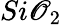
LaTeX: Si\mathscr{O}_{2}